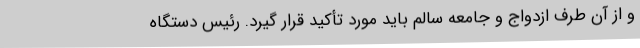
و از آن طرف ازدواج و جامعه سالم باید مورد تأکید قرار گیرد. رئیس دستگاه